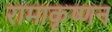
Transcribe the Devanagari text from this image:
रामाकृष्णन